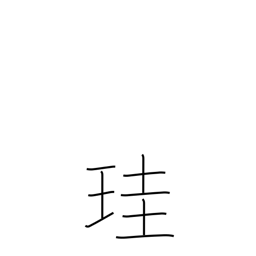
Meaning: jade scepter or tablet (authority symbol)